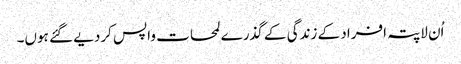
اُن لاپتہ افراد کے زندگی کے گذرے لمحات واپس کردیے گئے ہوں۔